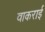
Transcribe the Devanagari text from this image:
वाकराई